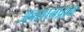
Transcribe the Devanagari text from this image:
अवसानप्राय